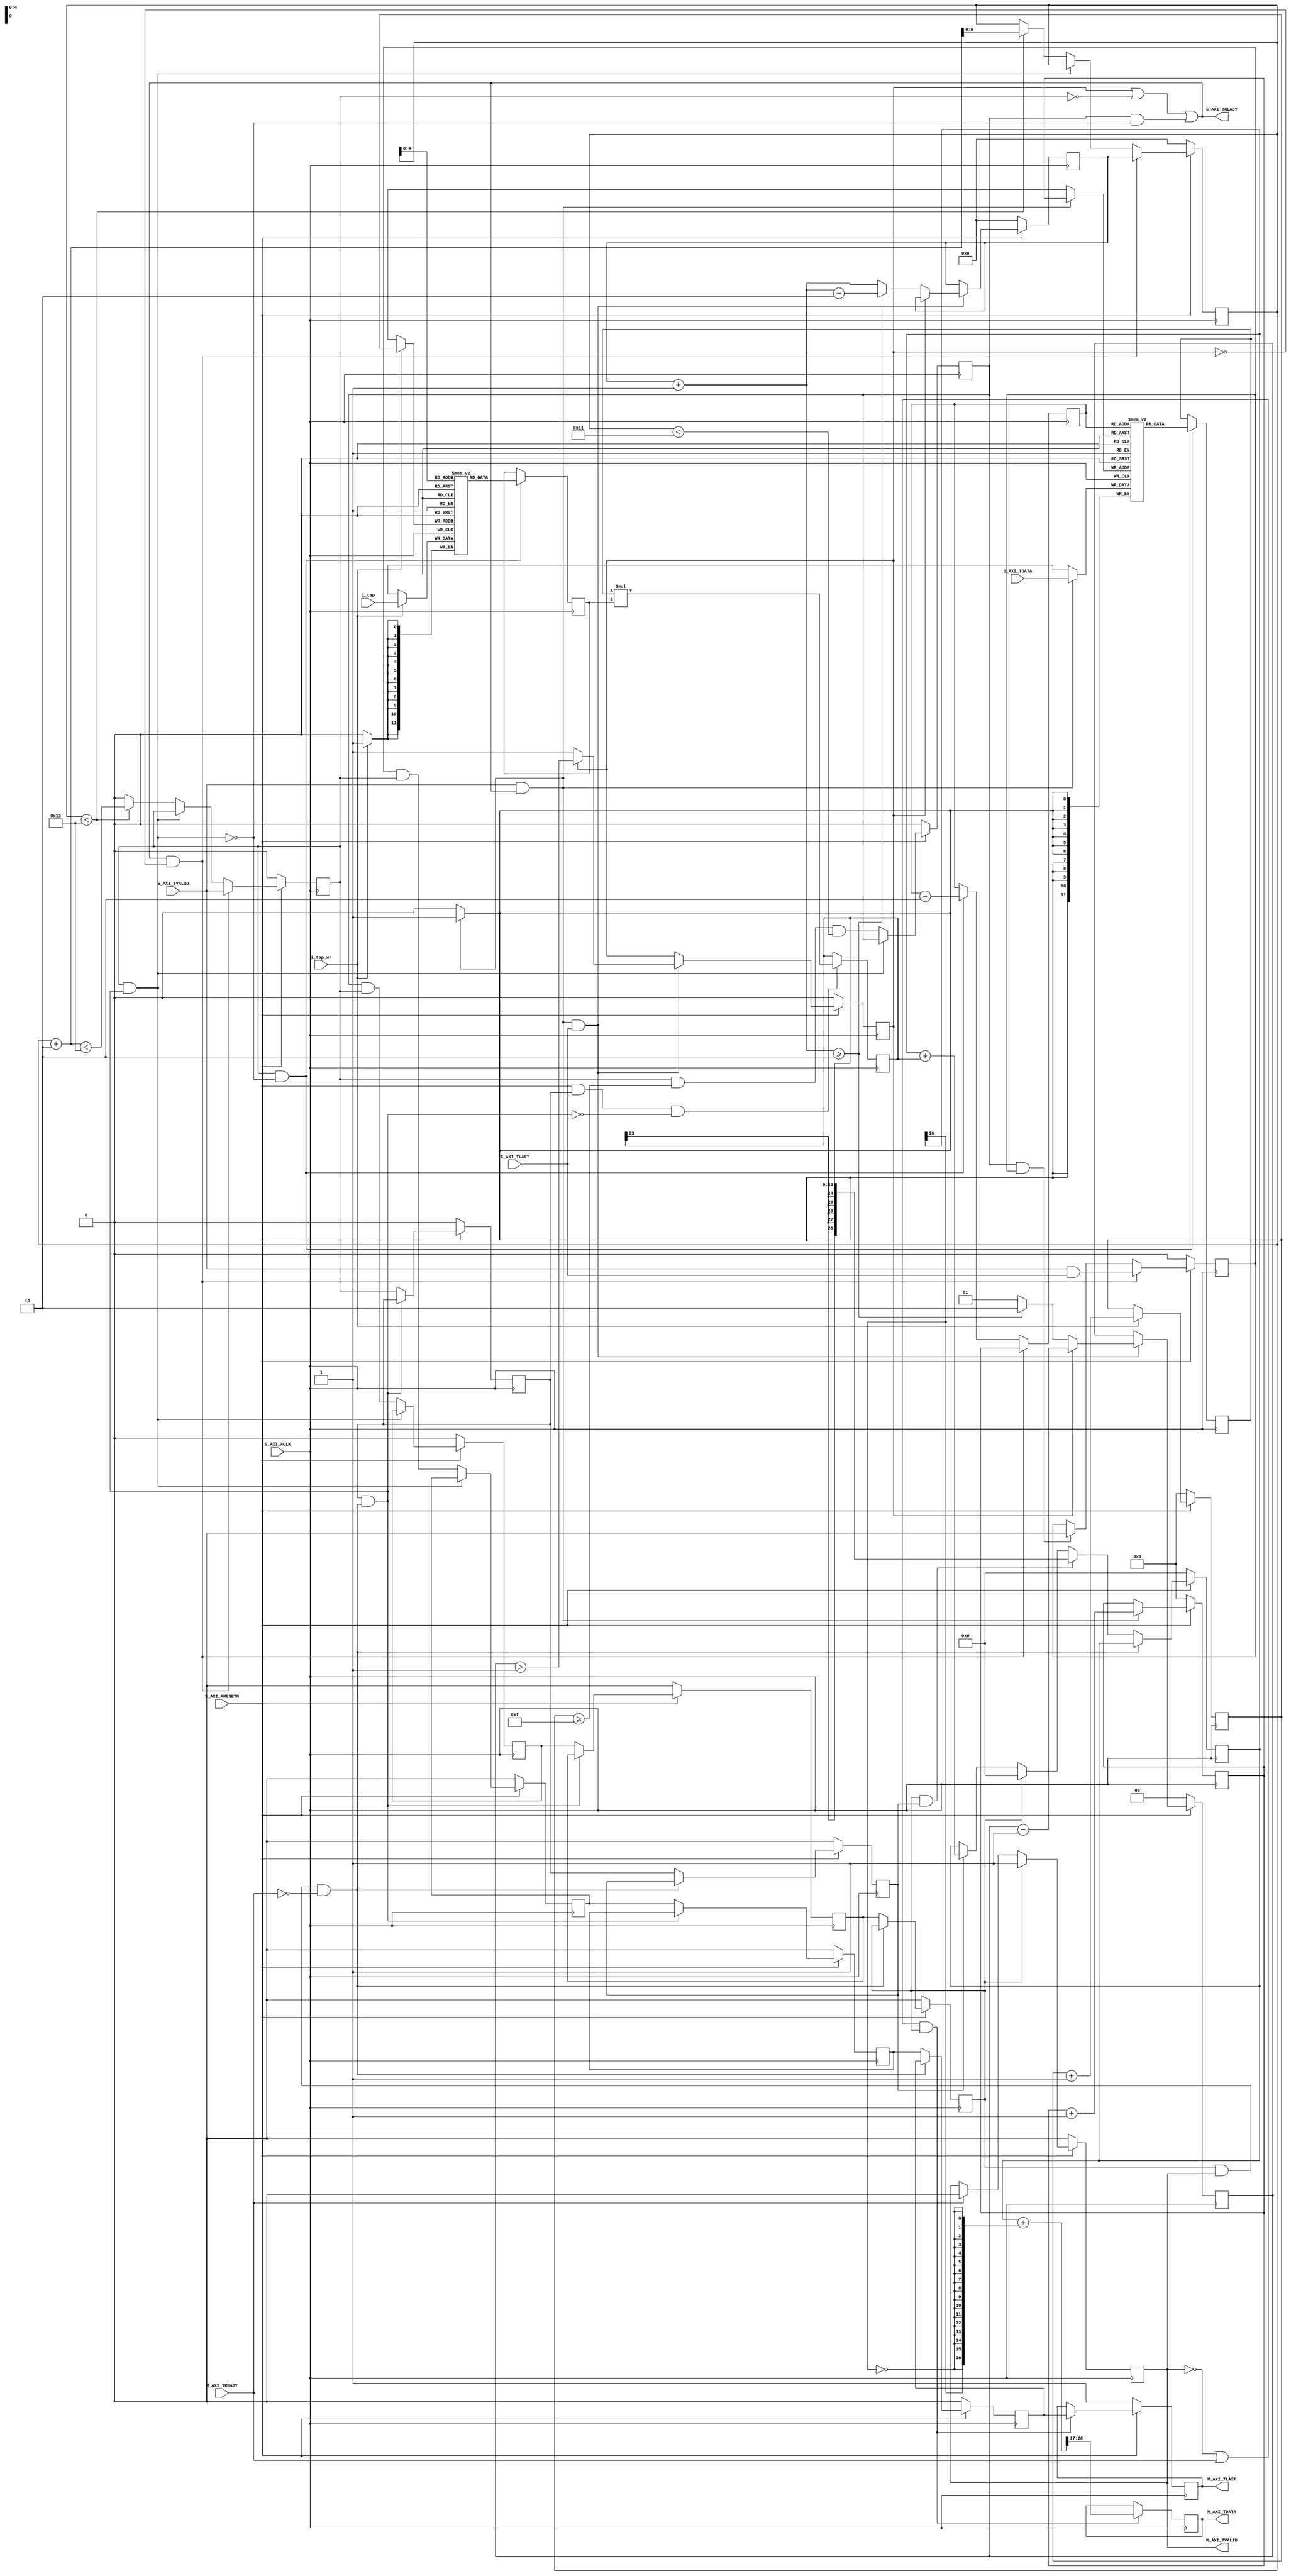
module ratfil #(
		// {{{
		parameter		IW = 12, // Input bit width
		parameter		TW = 12, // Coefficient width
		parameter		OW = 12, // Output bit width
		parameter		NS = 2, // Num parallel input streams
		parameter		NUP = 2, // Must be >= 1
		parameter		NDOWN = 5, // Must be > NUP
		parameter		LGGAIN = 0, // Bit shift at output
		parameter		NCOEFFS = 19, // Will be 96
		localparam		LGNCOEFFS = $clog2(NCOEFFS),
		parameter	[0:0]	OPT_SKIDBUFFER = 1'b0,
		parameter	[0:0]	OPT_FIXED_TAPS = 1'b0,
		parameter		INITIAL_COEFFS = ""
		// }}}
	) (
		// {{{
`ifdef	VERILATORTB
		input	wire			i_clk,
		input	wire			i_reset,
		output	wire	[31:0]		o_IW,
		output	wire	[31:0]		o_TW,
		output	wire	[31:0]		o_OW,
		output	wire	[31:0]		o_NCOEFFS,
		output	wire	[31:0]		o_NUP,
		output	wire	[31:0]		o_NDOWN,
		output	wire	[31:0]		o_LGGAIN,
`else
		input	wire			S_AXI_ACLK,
		input	wire			S_AXI_ARESETN,
`endif
		// Filter adjustment
		// {{{
		input	wire			i_tap_wr,
		input	wire	[TW-1:0]	i_tap,
		// }}}
		// Incoming data stream, at the faster clock rate
		// {{{
		input	wire			S_AXI_TVALID,
		output	wire			S_AXI_TREADY,
		input	wire	[IW-1:0]	S_AXI_TDATA,
		input	wire			S_AXI_TLAST,
		// }}}
		// Outgoing data stream, at the slower/lower clock rate
		// {{{
		output	reg			M_AXI_TVALID,
		input	wire			M_AXI_TREADY,
		output	reg	[IW-1:0]	M_AXI_TDATA,
		output	reg			M_AXI_TLAST
		// }}}
		// }}}
	);

	// Local declarations
	// {{{
	localparam	MINMEMSZ = NS * (NCOEFFS + NUP - 1) / NUP;
	localparam	LGMEM = $clog2(MINMEMSZ);
	localparam	AW = IW + TW + LGNCOEFFS;	// Accumulator width
	localparam	PW = IW + TW;			// Product width
	localparam	CBITS = $clog2(NCOEFFS+2*NUP)+1;
	localparam	SKIPW = $clog2(NDOWN / NUP + 1);

	wire			skd_valid, skd_ready, skd_last;
	wire	[IW-1:0]	skd_data;

	reg	[IW-1:0]		dmem	[0:(1<<LGMEM)-1];
	reg	[TW-1:0]		cmem	[0:(1<<LGNCOEFFS)-1];

	reg	[CBITS-1:0]		coefficient_index, starting_coefficient_index, next_firstc;
	reg	[LGMEM-1:0]		data_index, data_write_address;
	reg	[SKIPW-1:0]		next_skip, skip_count;
	reg				skip_run, next_skip_run;

	reg	signed	[IW-1:0]	dval;
	reg	signed	[TW-1:0]	cval;

	// If read_enable,	data_index, coefficient_index, idx_load, idx_last are valid
	//				f_idxstream + 1 = f_istream
	// If p_enable,		dmem, cmem, mem_load, mem_last are valid
	// If acc_enable,	product, product_load, product_last are valid
	// If output_load,	acc, acc_last are valid
	// 
	reg	signed	[PW-1:0]	product;
	reg	signed	[AW-1:0]	wide_product;
	reg	signed	[AW-1:0]	acc;
	reg	signed	[AW-1:0]	rounded_acc;
	reg				read_enable, p_enable;
	reg				idx_load, mem_load,
					product_load, output_load;
	reg				acc_enable;
	reg				idx_last, mem_last,
					product_last, acc_last;

	wire	mem_stalled, product_stalled, acc_stalled;

`ifdef	VERILATORTB
	wire	S_AXI_ACLK, S_AXI_ARESETN;

	assign	S_AXI_ACLK = i_clk;
	assign	S_AXI_ARESETN = !i_reset;

	assign	o_IW      = IW;
	assign	o_TW      = TW;
	assign	o_OW      = OW;
	assign	o_NCOEFFS = NCOEFFS;
	assign	o_NUP     = NUP;
	assign	o_NDOWN   = NDOWN;
	assign	o_LGGAIN  = LGGAIN;
`endif
	// }}}
	////////////////////////////////////////////////////////////////////////
	//
	// Filter coefficient loading and/or adjustment
	// {{{
	////////////////////////////////////////////////////////////////////////
	//
	//

	generate if (OPT_FIXED_TAPS || (INITIAL_COEFFS != 0 && INITIAL_COEFFS != ""))
	begin : LOAD_INITIAL_COEFFS

		initial $readmemh(INITIAL_COEFFS, cmem);
	end endgenerate

	generate if (OPT_FIXED_TAPS)
	begin : UNUSED_LOADING_PORTS
		// {{{
		// Verilator lint_off UNUSED
		wire	ignored_inputs;
		assign	ignored_inputs = &{ 1'b0, i_tap_wr, i_tap };
		// Verilator lint_on  UNUSED
		// }}}
	end else begin : LOAD_COEFFICIENTS
		// {{{
		reg	[LGNCOEFFS-1:0]	wr_coeff_index;

		initial	wr_coeff_index = 0;
		always @(posedge S_AXI_ACLK)
		if (!S_AXI_ARESETN)
			wr_coeff_index <= 0;
		else if (i_tap_wr)
			wr_coeff_index <= wr_coeff_index + 1;

		always @(posedge S_AXI_ACLK)
		if (i_tap_wr)
			cmem[wr_coeff_index] <= i_tap;
		// }}}
	end endgenerate
	// }}}
	////////////////////////////////////////////////////////////////////////
	//
	// Skid buffer
	// {{{
	////////////////////////////////////////////////////////////////////////
	//
	//

	generate if (OPT_SKIDBUFFER)
	begin : SKIDBUFFER

		wire	w_last;

		skidbuffer #(
			.DW(IW + 1)
		) skd (
			// {{{
			.i_clk(S_AXI_ACLK), .i_reset(!S_AXI_ARESETN),
			.i_valid(S_AXI_TVALID), .o_ready(S_AXI_TREADY),
				.i_data({ S_AXI_TDATA, S_AXI_TLAST }),
			.o_valid(skd_valid), .i_ready(skd_ready),
				.o_data({ skd_data, w_last })
			// }}}
		);

		assign	skd_last = (NS <= 1) ? 1'b1 : w_last;
	end else begin : NO_SKIDBUFFER
		// {{{
		assign	skd_valid = S_AXI_TVALID;
		assign	S_AXI_TREADY = skd_ready;
		assign	skd_data  = S_AXI_TDATA;
		assign	skd_last  = (NS <= 1) ? 1'b1 : S_AXI_TLAST;
		// }}}
	end endgenerate

	// }}}
	////////////////////////////////////////////////////////////////////////
	//
	// Write data to memory logic
	// {{{
	////////////////////////////////////////////////////////////////////////
	//
	//

	initial	data_write_address = 0;
	always @(posedge S_AXI_ACLK)
	if (!S_AXI_ARESETN)
		data_write_address <= 0;
	else if (skd_valid && skd_ready)
		data_write_address <= data_write_address + 1;

	always @(posedge S_AXI_ACLK)
	if (skd_valid && skd_ready)
		dmem[data_write_address] <= skd_data;

	// }}}
	////////////////////////////////////////////////////////////////////////
	//
	// Pointer logic
	// {{{
	////////////////////////////////////////////////////////////////////////
	//
	//

	// top_stream
	/*
	// {{{
	wire	top_stream;
	generate if (NS > 1)
	begin
		reg	r_top_stream;

		always @(posedge S_AXI_ACLK)
		if (skd_valid && skd_ready)
			r_top_stream <= skd_last;

		assign	top_stream = r_top_stream;
	end else begin
		assign	top_stream = 1;
	end endgenerate
	// }}}
	*/

	// starting_coefficient_index, skip_run
	// {{{
	always @(*)
	begin
		next_skip_run = (NDOWN >= 2*NUP);
		next_firstc = starting_coefficient_index + (NDOWN % NUP);
		// Verilator lint_off WIDTH
		next_skip = (NDOWN / NUP)-1;
		// Verilator lint_on  WIDTH
		if (next_firstc >= NUP)
		begin
			next_skip_run = 1;
			next_firstc = next_firstc - NUP;
			next_skip   = next_skip + 1;
		end
	end

	always @(posedge S_AXI_ACLK)
	if (!S_AXI_ARESETN)
	begin
		starting_coefficient_index <= 0;
		skip_run    <= 0;
		skip_count  <= 0;
	end else if (skd_valid && skd_ready && skd_last)
	begin
		if (skip_run)
		begin
			skip_count <=  skip_count - 1;
			// Verilator lint_off CMPCONST
			skip_run   <= (skip_count > 1);
			// Verilator lint_on  CMPCONST
		end else begin
			// Here is where we require NDOWN > NUP, else the
			// following math will fail.
			starting_coefficient_index <= next_firstc;
			skip_run    <= next_skip_run;
			skip_count  <= next_skip;
		end
	end
`ifdef	FORMAL
	// wire	f_fcoef_plus_ndown;
	always @(*)
	if (S_AXI_ARESETN)
	begin
		assert(starting_coefficient_index < NUP);
		assert(skip_run == (skip_count != 0));
		assert(skip_count <= (NDOWN/NUP));
	end
`endif
	// }}}

	// coefficient_index, read_enable
	// {{{
	always @(posedge S_AXI_ACLK)
	if (!S_AXI_ARESETN)
	begin
		coefficient_index <= 0;
		read_enable <= 0;
	end else if (skd_ready && !skip_run)
	begin
		coefficient_index <= starting_coefficient_index;
		read_enable <= skd_valid;
	end else if (!mem_stalled)
	begin
		if (coefficient_index < NCOEFFS)
		begin
			coefficient_index <= coefficient_index + NUP;
			read_enable <= (coefficient_index + NUP < NCOEFFS);
		end else
			read_enable <= 0;
	end
`ifdef	FORMAL
	always @(*)
	if (S_AXI_ARESETN)
	begin
		assert(coefficient_index < NCOEFFS + NUP);
		// assert(read_enable == (coefficient_index < NCOEFFS));
		if (read_enable)
			assert(coefficient_index < NCOEFFS);
		if (coefficient_index >= NUP && coefficient_index < NCOEFFS)
			assert(read_enable);
		else if (coefficient_index >= NCOEFFS)
			assert(!read_enable);

		if (read_enable && coefficient_index >= NUP * 2)
			assert(p_enable);
		if (read_enable && coefficient_index >= NUP * 3)
			assert(acc_enable);
	end
`endif
	// }}}

	// data_index
	// {{{
	always @(posedge S_AXI_ACLK)
	if (skd_ready && !skip_run)
		data_index <= data_write_address;
	else if (read_enable && !mem_stalled)
		data_index <= data_index - NS;
	// }}}

	// idx_load
	// {{{
	always @(posedge S_AXI_ACLK)
	if (!S_AXI_ARESETN)
		idx_load <= 1'b0;
	else if (!mem_stalled)
		idx_load <= read_enable && (coefficient_index >= NCOEFFS-2*NUP)
				&& (coefficient_index < NCOEFFS - NUP);
`ifdef	FORMAL
	always @(*)
	if (S_AXI_ARESETN)
		assert(idx_load == ((coefficient_index >= NCOEFFS - NUP)
					&&(coefficient_index < NCOEFFS)));
`endif
	// }}}

	// idx_last
	// {{{
	always @(posedge S_AXI_ACLK)
	if (!S_AXI_ARESETN)
		idx_last <= 1'b0;
	else if (skd_ready && !skip_run)
		idx_last <= skd_valid && skd_last;
	else if (idx_load && idx_last)
		idx_last <= 1'b0;
	// }}}

	assign	skd_ready = skip_run || !read_enable
			|| (idx_load && !mem_stalled);
`ifdef	FORMAL
	// Stream properties
	// {{{
	always @(posedge S_AXI_ACLK)
	if (!S_AXI_ARESETN || $past(!S_AXI_ARESETN))
	begin
		if (S_AXI_ARESETN)
		begin
			assert(!read_enable);
			assert(!idx_load);
			assert(!idx_last);
		end
	end else if ($past(read_enable && mem_stalled))
	begin
		assert($stable(coefficient_index));
		assert($stable(data_index));
		assert($stable(read_enable));
		assert($stable(idx_load));
		assert($stable(idx_last));
	end
	// }}}
`endif
	// }}}
	////////////////////////////////////////////////////////////////////////
	//
	// Memory read index logic
	// {{{
	////////////////////////////////////////////////////////////////////////
	//
	//

	assign	mem_stalled = read_enable && product_stalled;

	always @(posedge S_AXI_ACLK)
	if (!S_AXI_ARESETN)
		mem_load <= 0;
	else if (!mem_stalled)
		mem_load <= idx_load && read_enable;

	always @(posedge S_AXI_ACLK)
	if (!S_AXI_ARESETN)
		mem_last <= 0;
	else if (!mem_stalled)
		mem_last <= idx_last && read_enable;

	always @(posedge S_AXI_ACLK)
	if (read_enable && !mem_stalled)
	begin
		dval <= dmem[data_index];
		cval <= cmem[coefficient_index[LGNCOEFFS-1:0]];
	end

`ifdef	FORMAL
	// Stream properties
	// {{{
	always @(posedge S_AXI_ACLK)
	if (!S_AXI_ARESETN || $past(!S_AXI_ARESETN))
	begin
		if (S_AXI_ARESETN)
		begin
			assert(!mem_load);
			assert(!mem_last);
			assert(!read_enable);
		end
	end else if ($past(p_enable && product_stalled))
	begin
		assert($stable(mem_load));
		assert($stable(mem_last));
		assert($stable(dval));
		assert($stable(cval));
	end
	// If output_load,	acc, acc_last are valid
	// }}}
`endif
	// }}}
	////////////////////////////////////////////////////////////////////////
	//
	// Product stage
	// {{{
	////////////////////////////////////////////////////////////////////////
	//
	//

	assign	product_stalled = p_enable && acc_stalled;

	always @(posedge S_AXI_ACLK)
	if (!S_AXI_ARESETN)
		product_load <= 0;
	else if (!product_stalled)
		product_load <= mem_load;

	always @(posedge S_AXI_ACLK)
	if (!S_AXI_ARESETN)
		product_last <= 0;
	else if (!product_stalled)
		product_last <= mem_last;

	always @(posedge S_AXI_ACLK)
	if (!S_AXI_ARESETN)
		p_enable <= 0;
	else if (!product_stalled)
		p_enable <= read_enable;

`ifdef	FORMAL
	(* anyseq *) wire [IW + TW - 1:0]	informal_product;
	always @(*)
	begin
		if (dval == 0)
			assume(informal_product == 0);
		if (cval == 0)
			assume(informal_product == 0);
		assume(informal_product[IW+TW-1] == (dval[IW-1] ^ cval[TW-1]));
	end

	always @(posedge S_AXI_ACLK)
	if (S_AXI_ARESETN && p_enable && !product_stalled)
		product <= informal_product;

	// Stream properties
	// {{{
	always @(posedge S_AXI_ACLK)
	if (!S_AXI_ARESETN || $past(!S_AXI_ARESETN))
	begin
		if (S_AXI_ARESETN)
		begin
			assert(!product_load);
			assert(!product_last);
			assert(!p_enable);
		end
	end else if ($past(acc_enable && acc_stalled))
	begin
		assert($stable(product_load));
		assert($stable(product_last));
		assert($stable(product));
	end
	// If acc_enable,	product, product_load, product_last are valid
	// If output_load,	acc, acc_last are valid
	// }}}
`else
	always @(posedge S_AXI_ACLK)
	if (S_AXI_ARESETN && p_enable && !product_stalled)
		product <= dval * cval;
`endif

	assign	wide_product = { {(AW-PW){product[PW-1]}}, product };
	// }}}
	////////////////////////////////////////////////////////////////////////
	//
	// Accumulation stage
	// {{{
	////////////////////////////////////////////////////////////////////////
	//
	//

	assign	acc_stalled = output_load && M_AXI_TVALID && !M_AXI_TREADY;

	always @(posedge S_AXI_ACLK)
	if (!S_AXI_ARESETN)
		output_load <= 0;
	else if (!acc_stalled)
		output_load <= product_load;

	always @(posedge S_AXI_ACLK)
	if (!S_AXI_ARESETN)
		acc_last <= 0;
	else if (!acc_stalled)
		acc_last <= product_last;


	always @(posedge S_AXI_ACLK)
	if (!S_AXI_ARESETN)
		acc_enable <= 0;
	else if (!acc_stalled)
		acc_enable <= p_enable;

	always @(posedge S_AXI_ACLK)
	if (!S_AXI_ARESETN)
		acc <= 0;
	else if (!acc_stalled)
	begin
		if (output_load && acc_enable)
			acc <= wide_product;
		else if (output_load)
			acc <= 0;
		else if (acc_enable)
			acc <= acc + wide_product;
	end

`ifdef	FORMAL
	// Stream properties
	// {{{
	always @(posedge S_AXI_ACLK)
	if (!S_AXI_ARESETN || $past(!S_AXI_ARESETN))
	begin
		if (S_AXI_ARESETN)
		begin
			assert(!output_load);
			assert(!acc_last);
		end
	end else if ($past(output_load && M_AXI_TVALID && !M_AXI_TREADY))
	begin
		assert($stable(output_load));
		assert($stable(acc_last));
		assert($stable(acc));
	end
	// If output_load,	acc, acc_last are valid
	// }}}
`endif
	// }}}
	////////////////////////////////////////////////////////////////////////
	//
	// Output stage
	// {{{
	////////////////////////////////////////////////////////////////////////
	//
	//

	// rounded_acc
	// {{{
	generate if (OW == AW-LGGAIN)
	begin : GEN_TRUNCATE
		assign	rounded_acc = acc[AW-LGGAIN-1:AW-LGGAIN-OW];
	end else // if (AW-LGGAIN > OW)
	begin : SHIFT_OUTPUT

		wire	[AW-1:0]	shifted;

		assign	shifted = { acc[AW-LGGAIN-1:0], {(LGGAIN){1'b0}} };
		assign	rounded_acc = shifted
				+ { {(OW){1'b0}}, shifted[AW-OW-1],
					{(AW-OW-1){!shifted[AW-OW-1]}} };

	end // else if (AW-LGGAIN < OW) ... not implemented
	endgenerate
	// }}}

	// M_AXI_TVALID
	// {{{
	initial	M_AXI_TVALID = 0;
	always @(posedge S_AXI_ACLK)
	if (!S_AXI_ARESETN)
		M_AXI_TVALID <= 0;
	else if (output_load)
		M_AXI_TVALID <= 1;
	else if (M_AXI_TREADY)
		M_AXI_TVALID <= 0;
	// }}}

	// M_AXI_TDATA
	// {{{
	always @(posedge S_AXI_ACLK)
	if ((!M_AXI_TVALID || M_AXI_TREADY) && output_load)
		M_AXI_TDATA <= rounded_acc[AW-1:AW-OW];
	// }}}

	// M_AXI_TLAST
	// {{{
	always @(posedge S_AXI_ACLK)
	if (NS <= 1 || !S_AXI_ARESETN)
		M_AXI_TLAST <= 1;
	else if ((!M_AXI_TVALID || M_AXI_TREADY) && output_load)
		M_AXI_TLAST <= acc_last;
	// }}}

	// }}}

	// Keep Verilator happy
	// {{{
	wire	unused;
	assign	unused = &{ 1'b0, rounded_acc[AW-OW-1:0] };
	// }}}
////////////////////////////////////////////////////////////////////////////////
////////////////////////////////////////////////////////////////////////////////
////////////////////////////////////////////////////////////////////////////////
//
// Formal properties
// {{{
////////////////////////////////////////////////////////////////////////////////
////////////////////////////////////////////////////////////////////////////////
////////////////////////////////////////////////////////////////////////////////
`ifdef	FORMAL
	// Local (formal only) declarations
	// {{{
	reg	f_past_valid;
	reg	[$clog2(NS):0]	f_istream, f_ostream;
	reg	[2:0]		f_sumlast, f_sumactive;
	reg	[15:0]		f_icount, f_ocount, f_countchk;
	reg	[15:0]		f_ipkt, f_opkt, f_pktchk;

	initial	f_past_valid = 1'b0;
	always @(posedge S_AXI_ACLK)
		f_past_valid <= 1;

	always @(*)
	if (!f_past_valid)
		assume(!S_AXI_ARESETN);
	// }}}
	////////////////////////////////////////////////////////////////////////
	//
	// Stream assumptions & assertions
	// {{{
	////////////////////////////////////////////////////////////////////////
	//
	//

	// f_istream, f_icount, f_ipkt
	// {{{
	initial	f_istream = 0;
	always @(posedge S_AXI_ACLK)
	if (!S_AXI_ARESETN)
	begin
		f_istream <= 0;
		f_icount <= 0;
		f_ipkt <= 0;
	end else if (skd_valid && skd_ready)
	begin
		if (skd_last)
			f_istream <= 0;
		else
			f_istream <= f_istream + 1;
		if (!skip_run)
		begin
			f_icount <= f_icount + 1;
			f_ipkt <= f_ipkt + (skd_last ? 1:0);
		end else
			assert(f_icount[0] == 1'b0);
	end
	// }}}

	always @(*)
	if (S_AXI_ARESETN && NS == 2)
	begin
		if (skip_run)
			assert(f_icount[0] == 1'b0);
		else
			assert(f_icount[0] == f_istream[0]);
	end

	always @(*)
	if (skd_valid)
		assume(skd_last == (f_istream == NS-1));

	always @(*)
		assert(f_istream < NS);

	always @(posedge S_AXI_ACLK)
	if (!f_past_valid || $past(!S_AXI_ARESETN))
		assume(!S_AXI_TVALID);
	else if ($past(S_AXI_TVALID && !S_AXI_TREADY))
	begin
		assume(S_AXI_TVALID);
		assume($stable(S_AXI_TDATA));
		assume($stable(S_AXI_TLAST));
	end

	always @(posedge S_AXI_ACLK)
	if (!f_past_valid || $past(!S_AXI_ARESETN))
		assert(!M_AXI_TVALID);
	else if ($past(M_AXI_TVALID && !M_AXI_TREADY))
	begin
		assert(M_AXI_TVALID);
		assert($stable(M_AXI_TDATA));
		assert($stable(M_AXI_TLAST));
	end

	// f_ostream, f_ocount, f_opkt
	// {{{
	initial	f_ostream = 0;
	always @(posedge S_AXI_ACLK)
	if (!S_AXI_ARESETN)
	begin
		f_ostream <= 0;
		f_ocount <= 0;
		f_opkt <= 0;
	end else if (M_AXI_TVALID && M_AXI_TREADY)
	begin
		if (M_AXI_TLAST)
			f_ostream <= 0;
		else
			f_ostream <= f_ostream + 1;
		f_ocount <= f_ocount + 1;
		f_opkt <= f_opkt + (M_AXI_TLAST ? 1:0);
	end
	// }}}

	generate if (NS == 1)
	begin
	end else if (NS == 2)
	begin

		always @(*)
		if (S_AXI_ARESETN && !M_AXI_TVALID && output_load)
		begin
			// assert(acc_last != M_AXI_TLAST);
			assert(acc_last == f_ostream[0]);
		end

	end else begin

		always @(*)
		if (S_AXI_ARESETN && output_load)
			assert(acc_last == (f_ostream == NS-2));

	end endgenerate

	always @(*)
	if (S_AXI_ARESETN)
	begin
		if (M_AXI_TVALID)
			assert(M_AXI_TLAST == (f_ostream == NS-1));
		else if (f_ostream == 0)
			assert(M_AXI_TLAST);
		else
			assert(!M_AXI_TLAST);
	end

	always @(*)
	if (S_AXI_ARESETN)
		assert(f_ostream < NS);

	always @(*)
	if (S_AXI_ARESETN && NS == 2)
	begin
		assert(data_write_address[0] == f_istream);
	end
	
	always @(*)
	begin
		f_sumlast = ((idx_last && idx_load) ? 1:0)
			+ ((mem_last && mem_load) ? 1:0)
			+ ((product_last && product_load) ? 1:0)
			+ ((acc_last && output_load) ? 1:0);

		f_sumactive = (read_enable ? 1:0)
			+ (mem_load ? 1:0)
			+ (product_load ? 1:0)
			+ (output_load ? 1:0);

		f_countchk = f_ocount + (f_sumactive > 0);
		if ((mem_load || product_load || output_load)&&(read_enable))
			f_countchk = f_countchk + 1;
		if (M_AXI_TVALID)
			f_countchk = f_countchk + 1;

		if (S_AXI_ARESETN)
		begin
			if (idx_last)
				assert(read_enable);
			if (mem_last)
				assert(p_enable);
			if (product_last)
				assert(acc_enable);

			if (acc_last && output_load)
			begin
				assert(!product_last);
				assert(!mem_last);
				assert(!idx_last);
			end else if (product_last && product_load)
			begin
				assert(!mem_last);
				assert(!idx_last);
				assert(acc_last);
			end else if (mem_last && mem_load)
			begin
				assert(!idx_last);
				assert(product_last);
				assert(acc_last);
			end else if (idx_last && idx_load)
			begin
				assert(mem_last);
				assert(product_last);
				assert(acc_last);
			end

			if (f_sumactive == 0)
			begin
				assert(idx_last == mem_last);
				assert(idx_last == product_last);
				assert(idx_last == acc_last);
			end

			casez({idx_last, mem_last, product_last, acc_last, M_AXI_TLAST })
			5'b1000?: begin end
			5'b1100?: begin end
			5'b1110?: begin end
			5'b1111?: begin end
			5'b1111?: begin end
			5'b0111?: begin end
			5'b0011?: begin end
			5'b0001?: begin end
			5'b0000?: begin end
			5'b0000?: begin end
			default: assert(0);
			endcase

			if (output_load)
				assert(!product_load);

			if (!read_enable)
				assert(!idx_last);
			else if (f_icount > 0)
				assert(idx_last != f_icount[0]);

			assert(f_sumlast <= 1);
			assert(f_sumactive <= 2);
			if (output_load)
				assert(!idx_load);

			if (p_enable)
				assert(read_enable || (mem_load && acc_enable));
			if (idx_load)
				assert(read_enable);

			if (NS > 1 && f_sumlast > 0)
				assert(!M_AXI_TLAST);

			if (NS > 1 && f_sumactive > 0)
			begin
				if (output_load)
				begin
					assert(acc_last == (f_ostream == NS-1 - (M_AXI_TVALID ? 1:0)));
					assert(!product_load);
					assert(!acc_last || !product_last);
					assert(!mem_load);
					assert(!acc_last || !mem_last);
					assert(!idx_load);
					// assert(!idx_last);
				end else if (product_load)
				begin
					assert(product_last == (f_ostream == NS-1 - (M_AXI_TVALID ? 1:0)));
					assert(!mem_load);
					assert(!product_last || !mem_last);
					assert(!idx_load);
					// assert(!idx_last);
				end else if (mem_load)
				begin
					assert(mem_last == (f_ostream == NS-1 - (M_AXI_TVALID ? 1:0)));
					assert(!idx_load);
					// assert(!idx_last);
				end else if (read_enable)
				begin
					assert(idx_last == (f_ostream == NS-1 - (M_AXI_TVALID ? 1:0)));
				end
			end

			// if (!f_icount[0] && f_sumactive > 0)
			// assert({idx_last, mem_last, product_last, acc_last } == 0);
			// if (!f_ocount[0] && !f_icount[0] && f_ocount != f_icount)
			//	assert({idx_last, mem_last, product_last, acc_last } != 0);

			// The following is true, but can't be proven via
			// induction (yet)
			assert(f_icount == f_countchk);
		end

		/*
		f_sumstream = f_sumstream + f_ostream;
		if (f_sumstream >= NS)
			f_sumstream = f_sumstream - NS;

		if (S_AXI_ARESETN)
		begin
			assert(f_sumstream == f_istream);
			assert(f_sumstream <= 1);
		end
		*/
	end
	// }}}
	////////////////////////////////////////////////////////////////////////
	//
	// Cover checks
	// {{{
	////////////////////////////////////////////////////////////////////////
	//
	//

	reg	[3:0]	cvr_results;


	always @(posedge S_AXI_ACLK)
	if (!S_AXI_ARESETN)
		cvr_results <= 0;
	else if (M_AXI_TVALID && M_AXI_TREADY && M_AXI_TLAST && !cvr_results[3])
		cvr_results <= cvr_results + 1;

	always @(posedge S_AXI_ACLK)
	if (S_AXI_ARESETN)
		cover(M_AXI_TVALID && M_AXI_TLAST);

	always @(posedge S_AXI_ACLK)
	if (S_AXI_ARESETN)
		cover(cvr_results[1]);
	always @(posedge S_AXI_ACLK)
	if (S_AXI_ARESETN)
	begin
		cover(cvr_results == 3'd3);
		cover(cvr_results == 3'd4);
		cover(cvr_results == 3'd5);
	end

	// }}}
	////////////////////////////////////////////////////////////////////////
	//
	// "Careless" assumptions
	// {{{
	////////////////////////////////////////////////////////////////////////
	//
	//

	always @(posedge S_AXI_ACLK)
	begin
		if (f_past_valid && (read_enable || $past(S_AXI_TVALID)))
			assume(!i_tap_wr);
	end
	// }}}
`endif
// }}}
endmodule